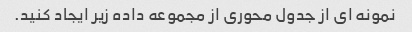
نمونه ای از جدول محوری از مجموعه داده زیر ایجاد کنید.